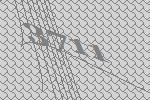
3711